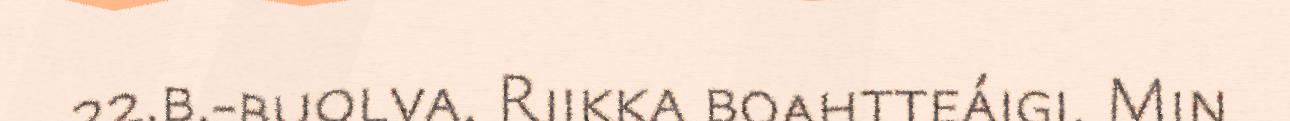
22.b.-buolva. Riikka boahtteáigi. Min